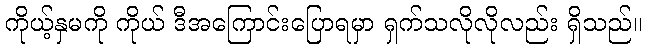
ကိုယ့်နှမကို ကိုယ် ဒီအကြောင်းပြောရမှာ ရှက်သလိုလိုလည်း ရှိသည်။